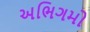
અભિગમો